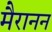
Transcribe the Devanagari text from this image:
मैरानन